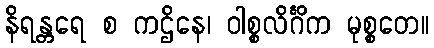
နိရန္တရေ စ ကဌိနေ၊ ဝါစ္စလိင်္ဂိက မုစ္စတေ။